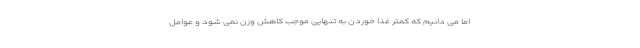
اما می دانیم که کمتر غذا خوردن به تنهایی موجب کاهش وزن نمی شود و عوامل